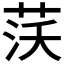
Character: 𦰚